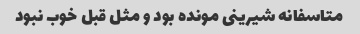
متاسفانه شیرینی مونده بود و مثل قبل خوب نبود